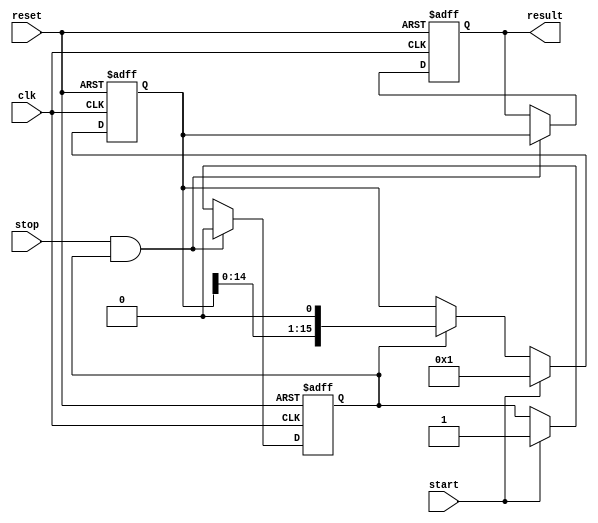
module TDC (
    input wire clk,             // System clock
    input wire reset,           // Reset signal
    input wire start,           // Start signal
    input wire stop,            // Stop signal
    output reg [NUM_DELAY-1:0] result // Result of TDC measurement
);

    parameter NUM_DELAY = 16;   // Number of delay elements
    reg [NUM_DELAY-1:0] delay_line;   // Delay line output
    reg measuring;              // Indicator for measuring state

    // Reset and state initialization
    always @(posedge clk or posedge reset) begin
        if (reset) begin
            result <= 0;        // Clear result on reset
            delay_line <= 0;    // Clear delay line
            measuring <= 0;      // Not measuring
        end else begin
            if (start) begin
                measuring <= 1;  // Start measuring
                delay_line <= 1;  // Kick off delay line
            end else if (measuring) begin
                // Shift the delay line on each clock cycle
                delay_line <= {delay_line[NUM_DELAY-2:0], 1'b0}; // Shift right
            end

            if (stop && measuring) begin
                result <= delay_line; // Capture the delay line value on stop
                measuring <= 0;        // End measurement
            end
        end
    end

endmodule